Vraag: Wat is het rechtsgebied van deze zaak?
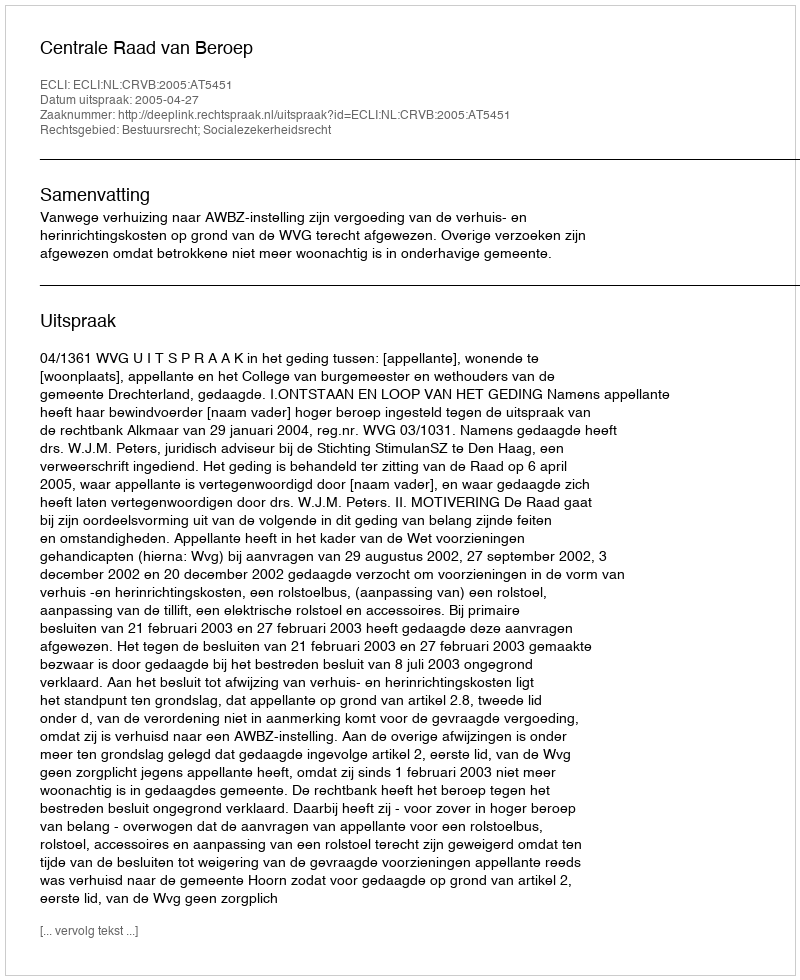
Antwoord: Bestuursrecht; Socialezekerheidsrecht